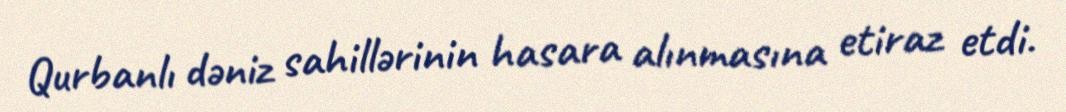
Qurbanlı dəniz sahillərinin hasara alınmasına etiraz etdi.